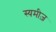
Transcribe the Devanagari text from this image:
स्यमीज़